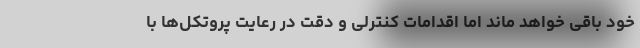
خود باقی خواهد ماند اما اقدامات کنترلی و دقت در رعایت پروتکل‌ها با